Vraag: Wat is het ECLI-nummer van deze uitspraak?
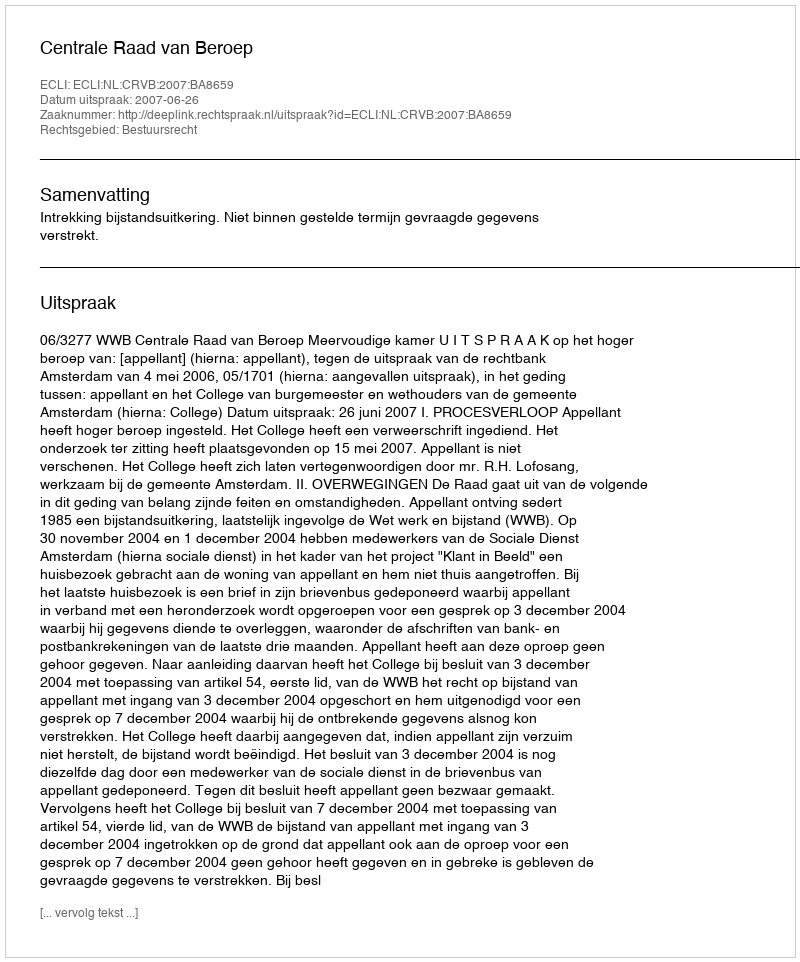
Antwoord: ECLI:NL:CRVB:2007:BA8659